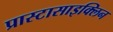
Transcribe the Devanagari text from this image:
प्रास्टासाइक्लिन